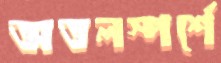
অতলস্পর্শে